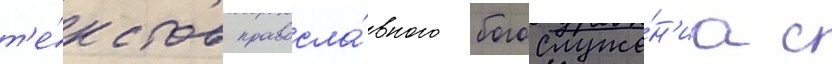
т'е́кстов правосла́вного богослуже́н'иа с